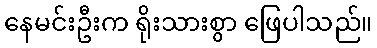
နေမင်းဦးက ရိုးသားစွာ ဖြေပါသည်။